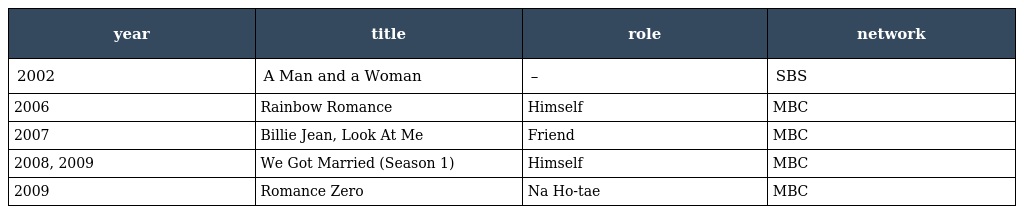
| year | title | role | network |
 | --- | --- | --- | --- |
 | 2002 | A Man and a Woman | – | SBS |
 | 2006 | Rainbow Romance | Himself | MBC |
 | 2007 | Billie Jean, Look At Me | Friend | MBC |
 | 2008, 2009 | We Got Married (Season 1) | Himself | MBC |
 | 2009 | Romance Zero | Na Ho-tae | MBC |